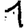
Digit: 1